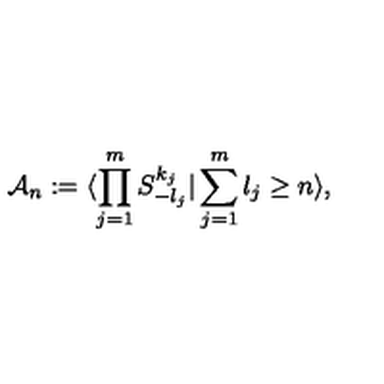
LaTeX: { \cal A } _ { n } : = \langle \prod _ { j = 1 } ^ { m } S _ { - l _ { j } } ^ { k _ { j } } | \sum _ { j = 1 } ^ { m } l _ { j } \geq n \rangle ,